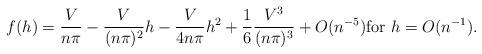
LaTeX: \begin{align*} f(h)= \frac{V}{n\pi}-\frac{V}{(n\pi)^2}h-\frac{V}{4n\pi}h^2 + \frac{1}{6}\frac{V^3}{(n\pi)^3}+ O(n^{-5})\mbox{for } h=O(n^{-1}).\end{align*}